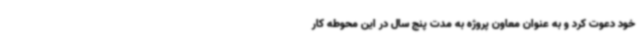
خود دعوت کرد و به عنوان معاون پروژه به مدت پنج سال در این محوطه کار